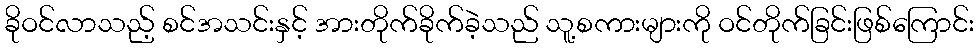
ခိုဝင်လာသည့် စင်အသင်းနှင့် အားတိုက်ခိုက်ခဲ့သည် သူ့စကားများကို ဝင်တိုက်ခြင်းဖြစ်ကြောင်း